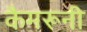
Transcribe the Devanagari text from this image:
कैमरूनी